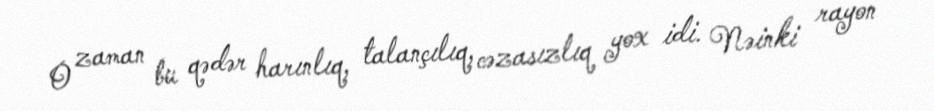
O zaman bu qədər harınlıq, talançılıq, cəzasızlıq yox idi. Nəinki rayon